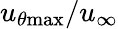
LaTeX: u_{\theta\mathrm{{max}}}/u_{\infty}